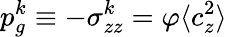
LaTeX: p_{g}^{k}\equiv-\sigma_{zz}^{k}=\varphi\langle c_{z}^{2}\rangle